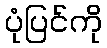
ပုံပြင်ကို